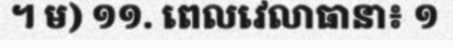
។ ម) ១១. ពេលវេលាធានា៖ ១